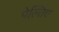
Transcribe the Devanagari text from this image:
पेल्तिए